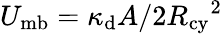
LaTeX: U_{\mathrm{mb}}=\kappa_{\mathrm{d}}A/2{R_{\mathrm{cy}}}^{2}